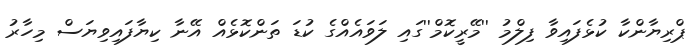
ޕްރިޔާންކާ ކުޅެފައިވާ ފިލްމު ''މޭރީކޮމް''ގައި ލަވައެއްގެ ކުޑަ ތަންކޮޅެއް އޭނާ ކިޔާފައިވިޔަސް މިހާރު